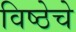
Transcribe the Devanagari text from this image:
विष्ठेचे